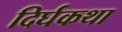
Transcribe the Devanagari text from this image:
दिर्घकथा